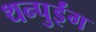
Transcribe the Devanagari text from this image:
थन्पुईंग